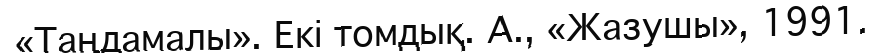
«Таңдамалы». Екі томдық. А., «Жазушы», 1991.